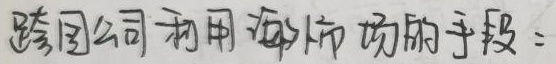
跨国公司利用海外市场的手段：不需要进行任何LaTeX格式的修正，这本身就是符合要求的普通文字内容，没有需要从公式环境中提取或特殊处理的情况。